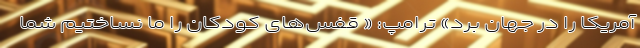
آمریکا را در جهان برد» ترامپ: « قفس‌های کودکان را ما نساختیم شما